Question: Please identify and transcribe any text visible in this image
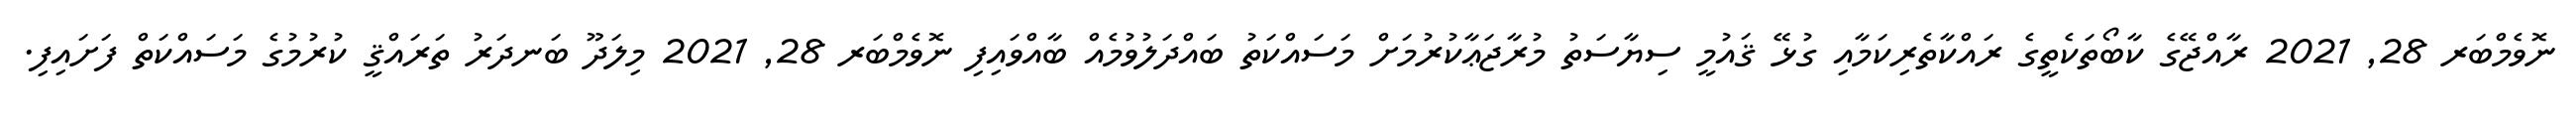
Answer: ނޮވެމްބަރ 28, 2021 ރާއްޖޭގެ ކާބޯތަކެތީގެ ރައްކާތެރިކަމާއި ގުޅޭ ޤައުމީ ސިޔާސަތު މުރާޖަޢާކުރުމަށް މަސައްކަތު ބައްދަލުވުމެއް ބާއްވައިފި ނޮވެމްބަރ 28, 2021 މިލަދޫ ބަނދަރު ތަރައްޤީ ކުރުމުގެ މަސައްކަތް ފަށައިފި.